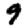
Digit: 9